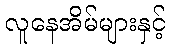
လူနေအိမ်များနှင့်